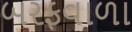
બરફવાળા